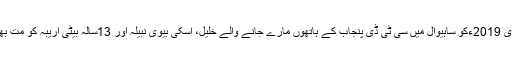
19جنوری 2019ءکو ساہیوال میں سی ٹی ڈی پنجاب کے ہاتھوں مارے جانے والے خلیل، اسکی بیوی نبیلہ اور 13سالہ بیٹی اریبہ کو مت بھولئے گا۔